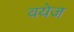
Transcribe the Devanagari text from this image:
वयेज